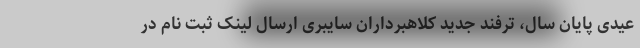
عیدی پایان سال، ترفند جدید کلاهبرداران سایبری ارسال لینک ثبت نام در